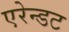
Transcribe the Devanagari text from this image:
एरेन्डट